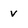
Character: v